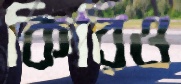
কিরিও